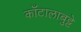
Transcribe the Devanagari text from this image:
काँटालाबुट्टे